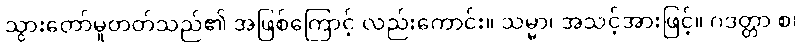
သွားတော်မူတတ်သည်၏ အဖြစ်ကြောင့် လည်းကောင်း။ သမ္မာ၊ အသင့်အားဖြင့်။ ဂဒတ္တာ စ၊